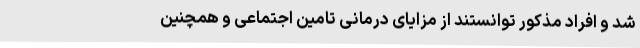
شد و افراد مذکور توانستند از مزایای درمانی تامین اجتماعی و همچنین